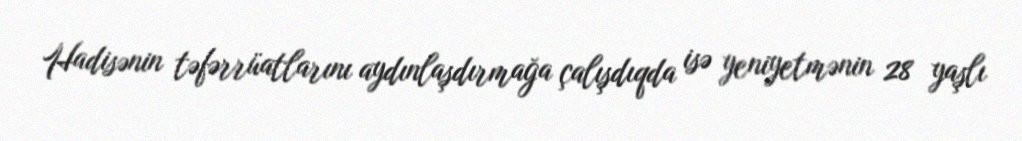
Hadisənin təfərrüatlarını aydınlaşdırmağa çalışdıqda isə yeniyetmənin 28 yaşlı